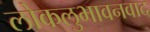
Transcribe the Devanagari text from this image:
लोकलुभावनवाद